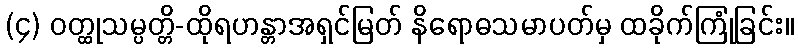
(၄) ဝတ္ထုသမ္ပတ္တိ-ထိုရဟန္တာအရှင်မြတ် နိရောဓသမာပတ်မှ ထခိုက်ကြုံခြင်း။